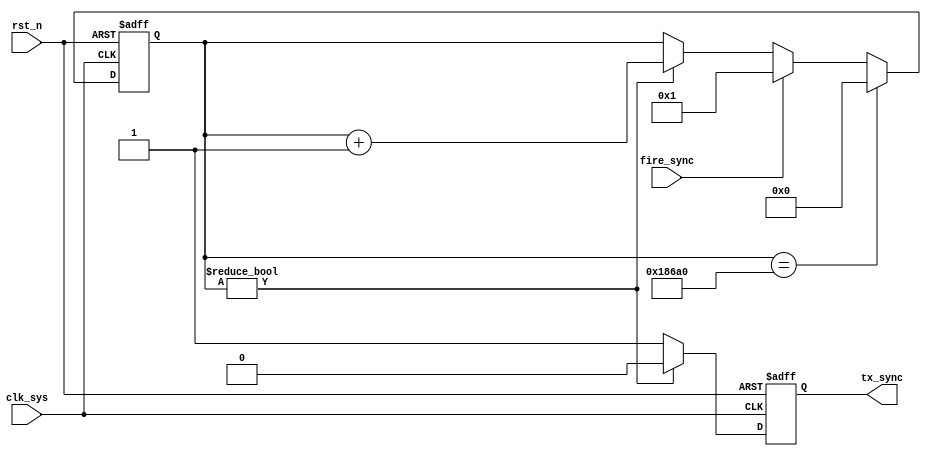
//syn_m_sync.v

module syn_m_sync(
tx_sync,
fire_sync,
//clk rst
clk_sys,
rst_n
);

output	tx_sync;
input		fire_sync;
//clk rst
input clk_sys;
input rst_n;
//------------------------------------------
//------------------------------------------


reg [19:0]	 cnt_cycle;
always @ (posedge clk_sys or negedge rst_n)	begin
	if(~rst_n)
		cnt_cycle <= 20'h0;
`ifdef SIM
	else if(cnt_cycle == 20'd200)		//1M = 2us
`else 
	else if(cnt_cycle == 20'd1_000_00)	//1K = 1ms
`endif
		cnt_cycle <= 20'h0;
	else if(fire_sync)
		cnt_cycle <= 20'd1;
	else if(cnt_cycle != 20'd0)
		cnt_cycle <= cnt_cycle + 20'h1;
	else ;
end

reg tx_sync;
always @ (posedge clk_sys or negedge rst_n)	begin
	if(~rst_n)
		tx_sync <= 1'b1;
	else if(cnt_cycle != 20'd0)
		tx_sync <= 1'b0;
	else 
		tx_sync <= 1'b1;
end


endmodule